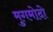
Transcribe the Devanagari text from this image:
मुगमोदो